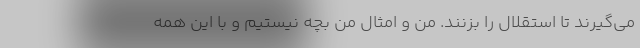
می‌گیرند تا استقلال را بزنند. من و امثال من بچه نیستیم و با این همه